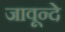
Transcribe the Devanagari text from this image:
जावून्दे